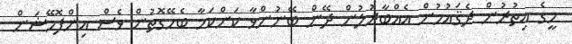
މީގެ އިތުރުން ދެޤައުމުން އެއްބާރުލުން ދޭން ބޭނުންވާ ކަންކަމާ ބެހޭގޮތުން ވެސް އިންފޮމޭޝަން